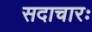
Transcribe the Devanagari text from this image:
सदाचारः